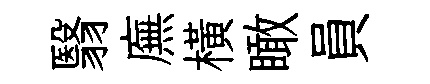
翳廡横瞰員